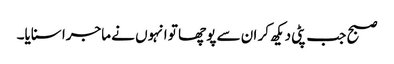
صبح جب پٹی دیکھ کر ان سے پوچھا تو انہوں نے ماجرا سنایا۔